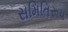
સમિતિરૂપ